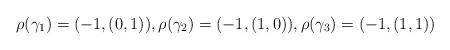
LaTeX: \begin{align*}\rho(\gamma_1) =(-1,(0,1)), \rho(\gamma_2) = (-1,(1,0)), \rho(\gamma_3) = (-1,(1,1))\end{align*}